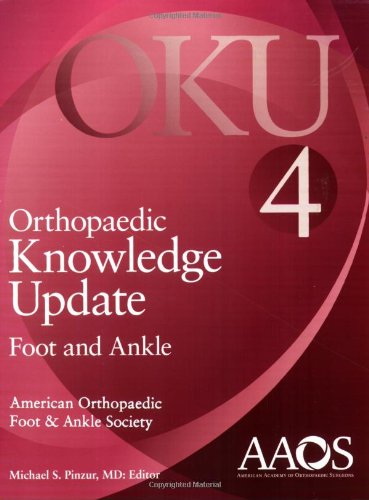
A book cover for Orthopaedic Knowledge Update: Foot and Ankle 4 (Orthopedic Knowledge Update); Michael S. Pinzur M.D.; Medical Books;